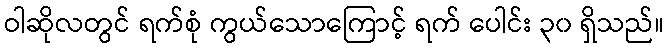
ဝါဆိုလတွင် ရက်စုံ ကွယ်သောကြောင့် ရက် ပေါင်း ၃၀ ရှိသည်။